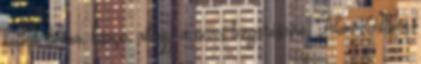
kellett bírnia, hiszen, ahogy a neves tengerészíró, Alan Villiers